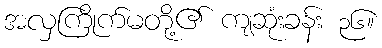
အလှကြိုက်မတို့၏ ကျဆုံးခန်း ၃၆။